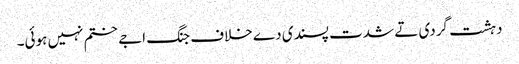
دہشت گردی تے شدت پسندی دے خلاف جنگ اجے ختم نہیں ہوئی۔